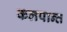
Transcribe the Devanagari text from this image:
कलपान्त